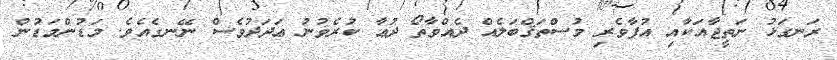
ރަނގަޅު ނަތީޖާއަކާއި އުފާވެރި މުސްތަޤްބަލެއް ދެއްވާތޯ ދުޢާ ކުރެވުނު ޢަދަދުވެސް ނޭނގެއެވެ. މަޑުންމަޑުން